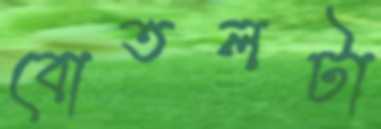
বোতলটা